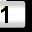
Digit: 1